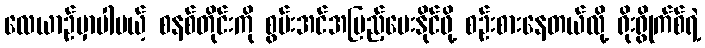
လေယာဉ်မှာပါမယ့် စနစ်တိုင်းကို စွမ်းအင်အပြည့်ပေးနိုင်ဖို့ စဉ်းစားနေတယ်လို့ ရိုးရွိုက်စ်ရဲ့